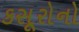
કસૂરોનો